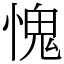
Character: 愧